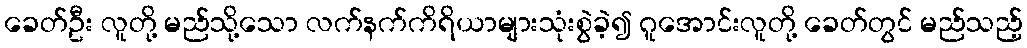
ခေတ်ဦး လူတို့ မည်သို့သော လက်နက်ကိရိယာများသုံးစွဲခဲ့၍ ဂူအောင်းလူတို့ ခေတ်တွင် မည်သည့်